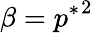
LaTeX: \beta={p^{*}}^{2}